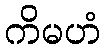
ကိမဟံ